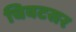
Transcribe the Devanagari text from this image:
चिवटसर